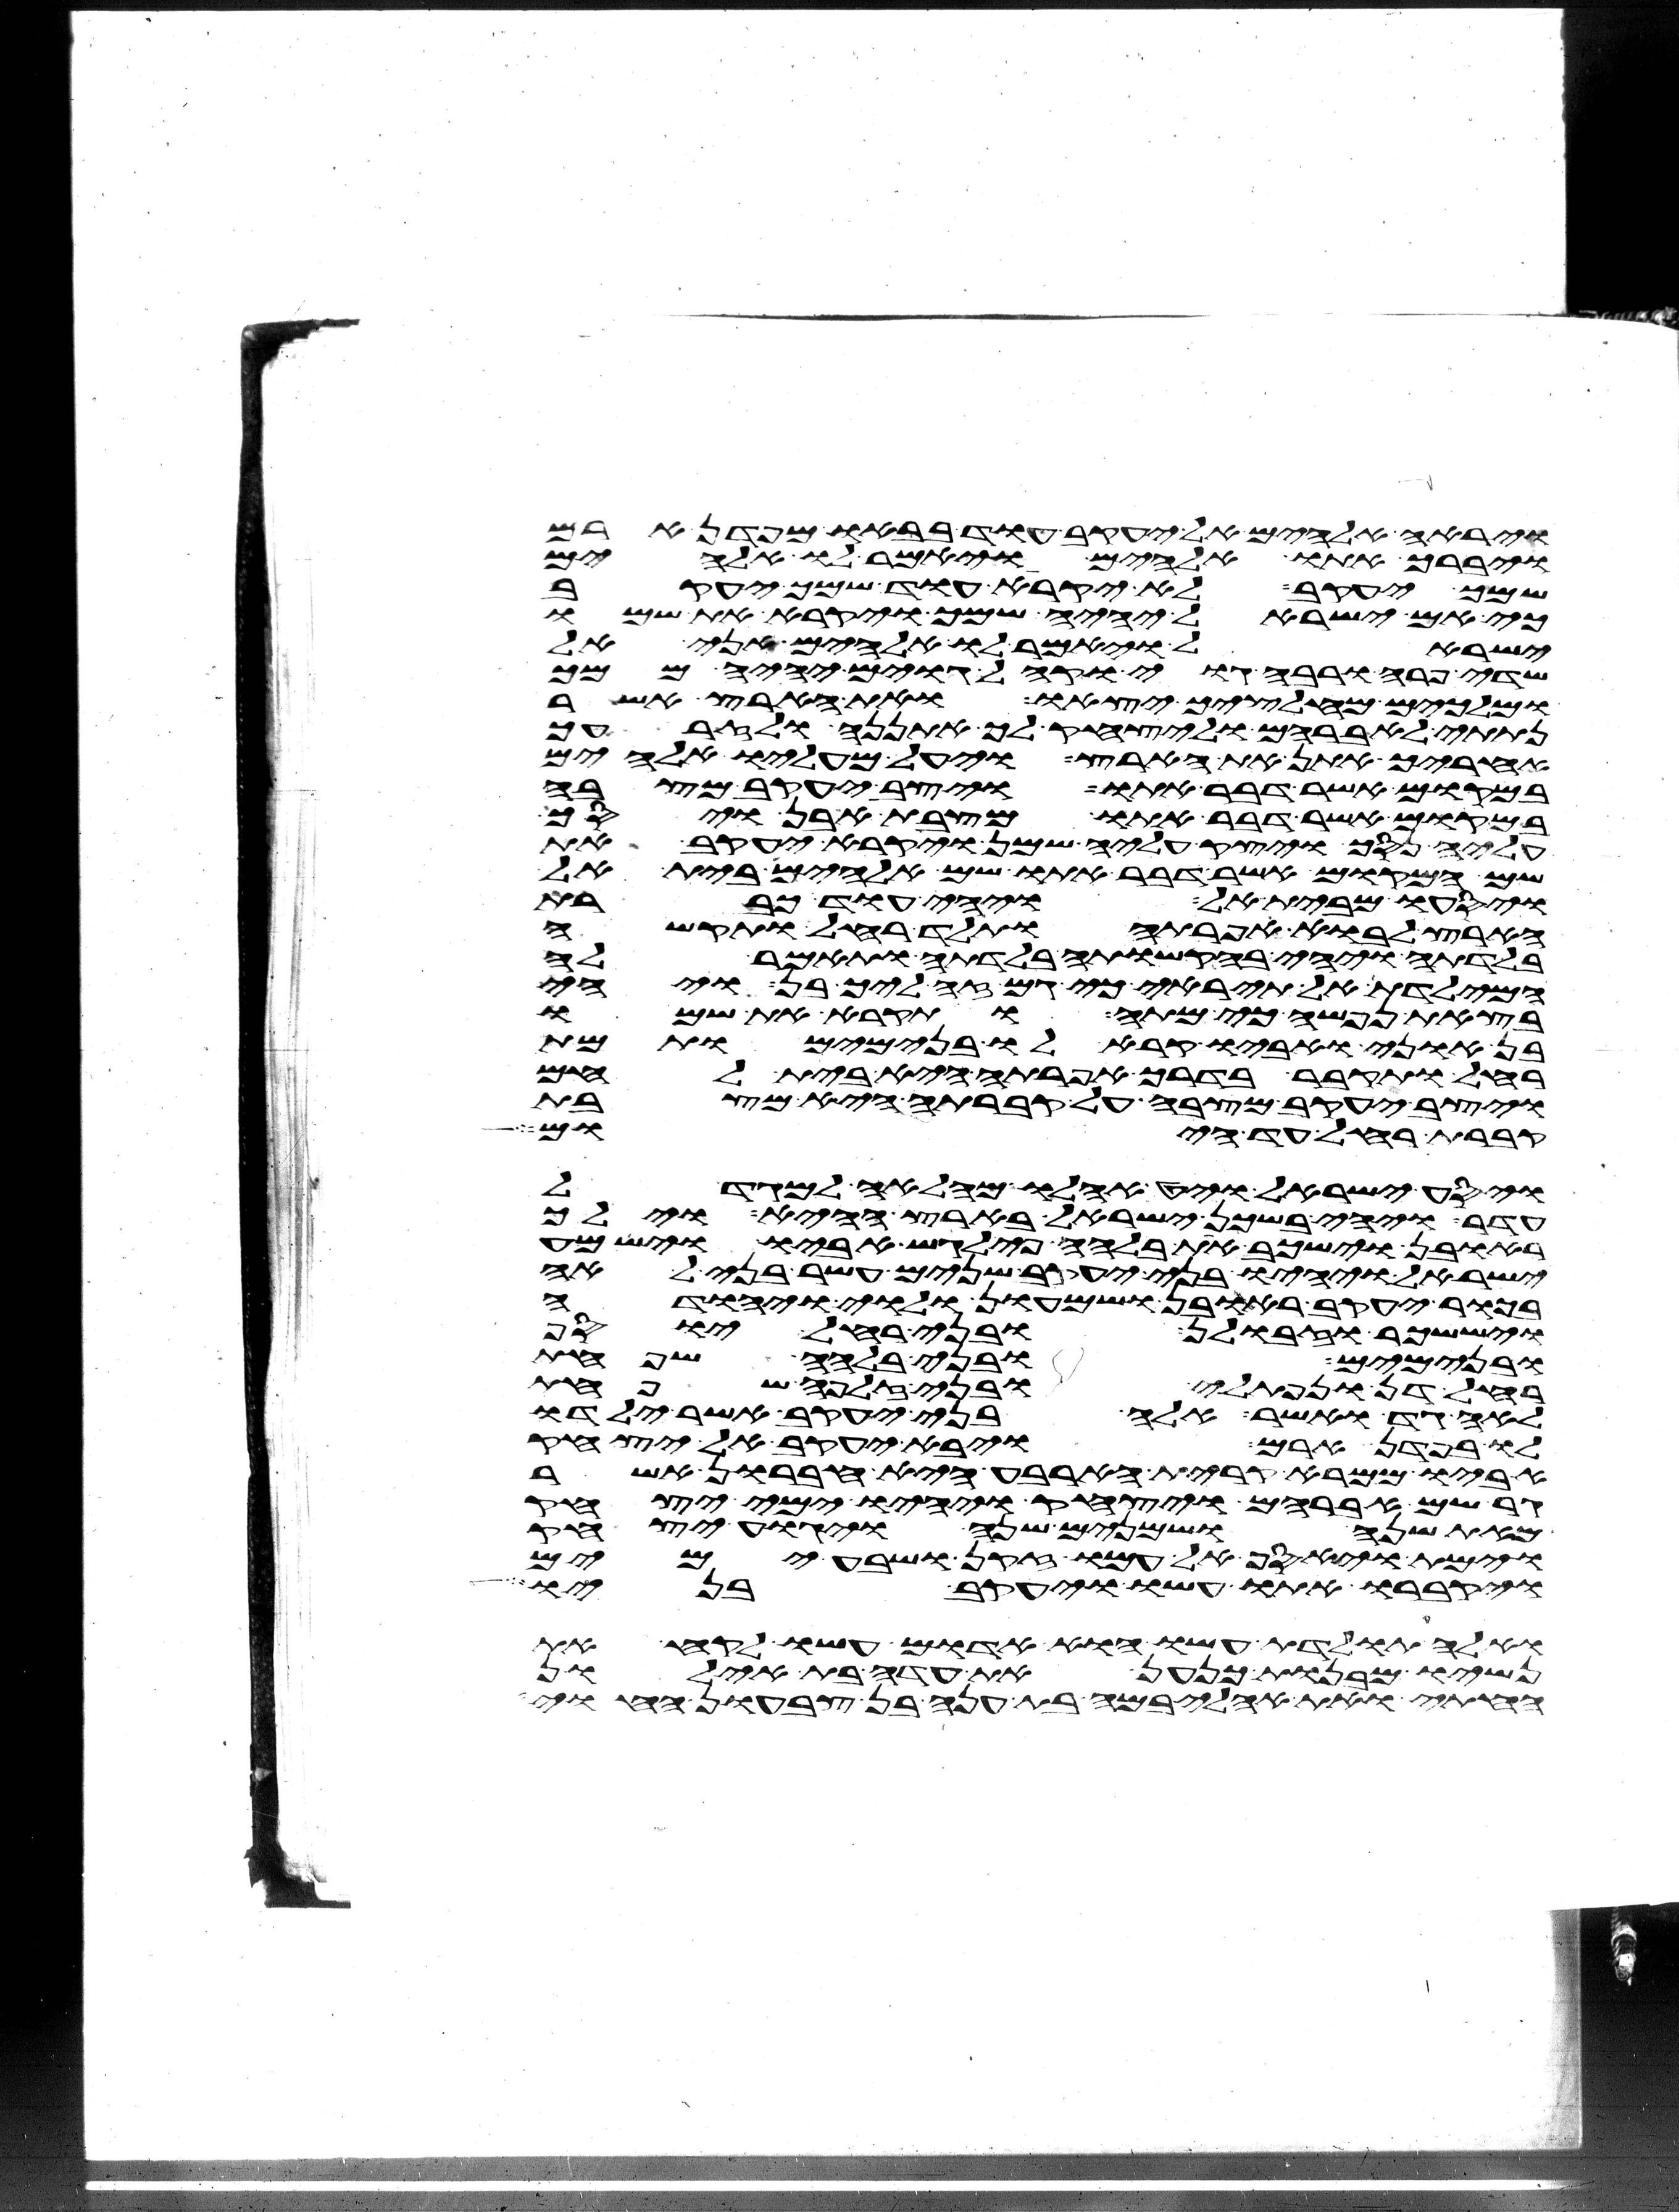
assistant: וירא אלהים אל יעקב עוד בבאו מפדן ארם
ויברך אתו אלהים ויאמר לו אלהים
שמך יעקב לא יקרא עוד שמך יעקב
כי אם ישראל יהיה שמך ויקרא את שמו
ישראל ויאמר לו אלהים אני אל
שדי פרה ורבה גוי וקהל גוים יהיה ממך
ומלכים מחלציך יצאו ואת הארץ אשר
נתתי לאברהם וליצחק לך אתננה ולזרעך
אחריך אתן את הארץ ויעל מעליו אלהים
במקום אשר דבר אתו ויצב יעקב מצבה
במקום אשר דבר אתו מצבת אבן ויסך
עליה נסך ויצק עליה שמן ויקרא יעקב את
שם המקום אשר דבר אתו שם אלהים בית אל
ויסעו מבית אל ויהי עוד כברת
הארץ לבוא אפרתה ותלד רחל ותקש
בלדתה ויהי בהקשותה בלדתה ותאמר לה
המילדת אל תיראי כי גם זה ליך בן ויהי
בצאת נפשה כי מתה ותקרא את שמו
בן אוני ואביו קרא לו בנימים ותמת
רחל ותקבר בדרך אפרתה היא בית לחם
ויצב יעקב מצבה על קברתה היא מצבת
קברת רחל עד היום
ויסע ישראל ויט אהלו מהלאה למגדל
עדר ויהי בשכן ישראל בארץ ההיא וילך
ראובן וישכב את בלהה פילגש אביו וישמע
ישראל ויהיו בני יעקב שנים עשר בני לאה
בכור יעקב ראובן ושמעון ולוי ויהודה
ויששכר וזבולן ובני רחל יוסף
ובנימים ובני בלהה שפחת
רחל דן ונפתלי ובני זלפה שפחת
לאה גד ואשר אלה בני יעקב אשר ילדו
לו בפדן ארם ויבא יעקב אל יצחק
אביו ממרא קרית הארבע היא חברון אשר
גר שם אברהם ויצחק ויהיו ימי יצחק
מאת שנה ושמנים שנה ויגוע יצחק
וימת ויאסף אל עמו זקן ושבע ימים
ויקברו אתו עשו ויעקב בניו
ואלה תולדת עשו הוא אדום עשו לקח את
נשיו מבנות כנען את עדה בת אילון
החתי ואת אהליבמה בת ענה בן צבעון החוי